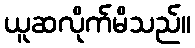
ယူဆလိုက်မိသည်။